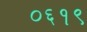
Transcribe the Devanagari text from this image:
०६१९